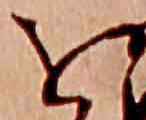
を